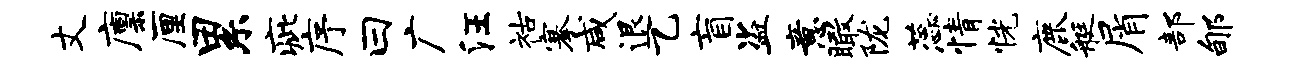
丈廪厘累疵序曰广汪祜搴咸退乙盲盗意瞰陇蕊情恍鹿艇屑部郇